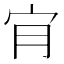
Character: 𡧓